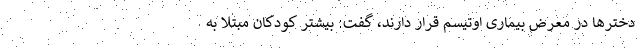
دخترها در معرض بیماری اوتیسم قرار دارند، گفت: بیشتر کودکان مبتلا به